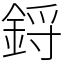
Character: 鋝